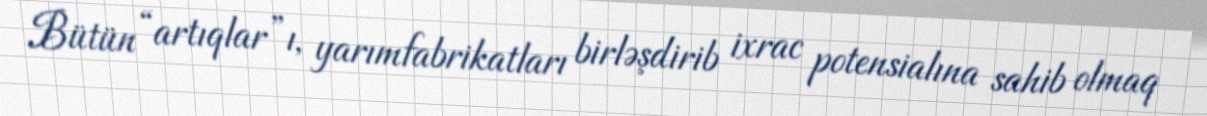
Bütün “artıqlar”ı, yarımfabrikatları birləşdirib ixrac potensialına sahib olmaq